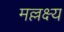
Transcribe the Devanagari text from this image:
मल्लक्ष्य